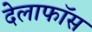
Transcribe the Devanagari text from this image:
देलाफॉस